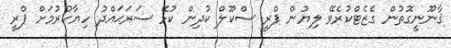
ޤާނޫނީގޮތުން ގެޒެޓްކުރެވޭ ލިޔުން ޕްރީ ސްކޫލް ކުދިން ކުޅޭ ސަރަޙައްދު ހިޔާކުރުމަށް ޕްރީ